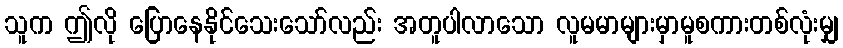
သူက ဤလို ပြောနေနိုင်သေးသော်လည်း အတူပါလာသော လူမမာများမှာမူစကားတစ်လုံးမျှ